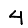
Digit: 4